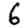
Digit: 6